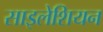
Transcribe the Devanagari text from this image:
साइलेशियन